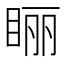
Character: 𰥢